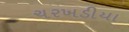
ચરખડીયા